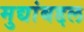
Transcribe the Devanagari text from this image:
मुद्यांबद्दल